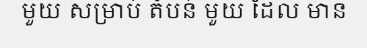
មួយ សម្រាប់ តំបន់ មួយ ដែល មាន